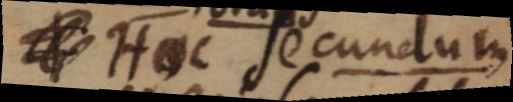
Hoc secundum